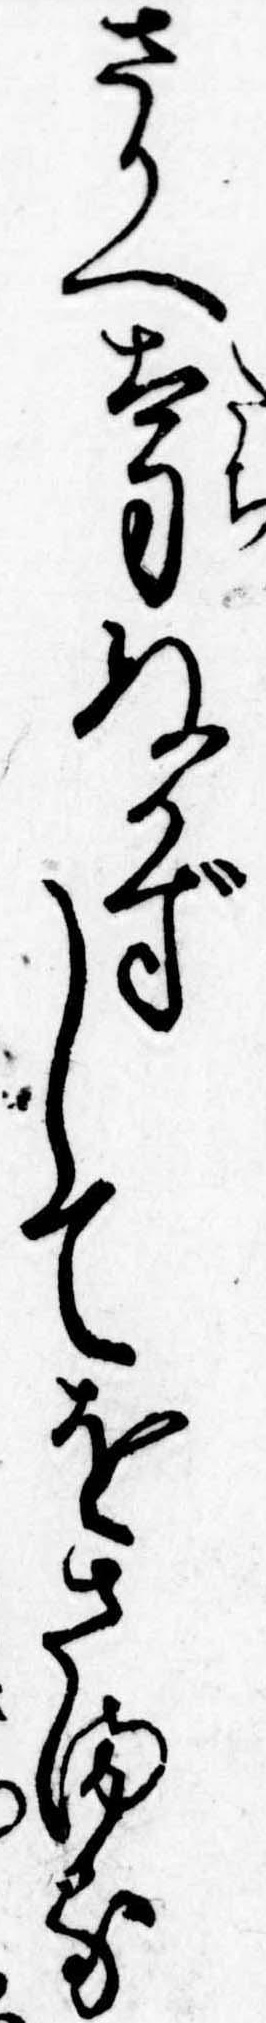
さかへ太刀ぬかずしてをさまる